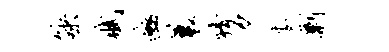
觖赋豳曩猜夕麦剿